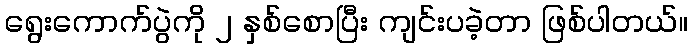
ရွေးကောက်ပွဲကို ၂ နှစ်စောပြီး ကျင်းပခဲ့တာ ဖြစ်ပါတယ်။